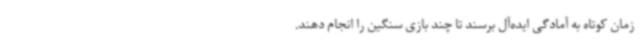
زمان کوتاه به آمادگی ایده‌آل برسند تا چند بازی سنگین را انجام دهند.